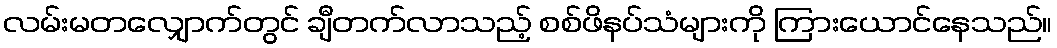
လမ်းမတလျှောက်တွင် ချီတက်လာသည့် စစ်ဖိနပ်သံများကို ကြားယောင်နေသည်။